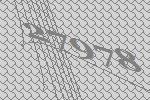
27978